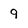
Character: 9